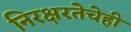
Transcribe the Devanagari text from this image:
निरक्षरतेचेही